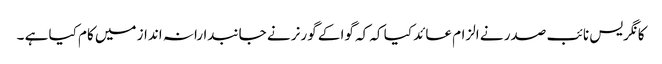
کانگریس نائب صدر نے الزام عائد کیا کہ کہ گوا کے گورنر نے جانبدارانہ انداز میں کام کیا ہے ۔